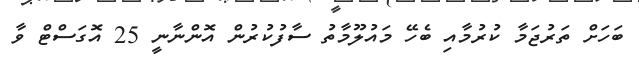
ބަހަށް ތަރުޖަމާ ކުރުމާއި ބެހޭ މައުލޫމާތު ސާފުކުރުން އޮންނާނީ 25 އޮގަސްޓް ވާ